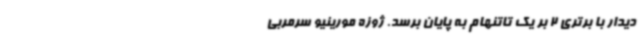
دیدار با برتری 2 بر یک تاتنهام به پایان برسد. ژوزه مورینیو سرمربی